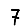
Digit: 7